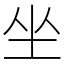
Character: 坐